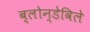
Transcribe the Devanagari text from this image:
ब्लोन्डेविले